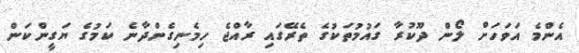
އެންމެ އަވަހަށް ލޯން ދޫކުރާ ގައުމުތަކުގެ ތެރޭގައި ރާއްޖެ ހިމެނިގެންދާނެ ކަމުގެ ޔަގީންކަން